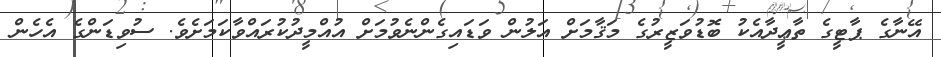
އޭނާގެ ޕާޓީގެ ތާޢީދާއެކު ބޮޑުވަޒީރުގެ މަޤާމަށް އަލުން ވަޑައިގެންނެވުމަށް އުއްމީދުކުރައްވާކަމަށެވެ. ސުވިޑަންގެ އެހެން